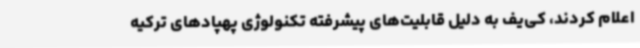
اعلام کردند، کی‌یف به دلیل قابلیت‌های پیشرفته تکنولوژی پهپادهای ترکیه